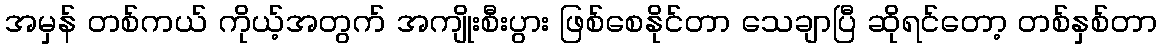
အမှန် တစ်ကယ် ကိုယ့်အတွက် အကျိုးစီးပွား ဖြစ်စေနိုင်တာ သေချာပြီ ဆိုရင်တော့ တစ်နှစ်တာ